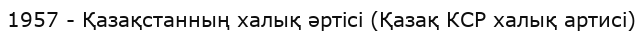
1957 - Қазақстанның халық әртісі (Қазақ КСР халық артисі)